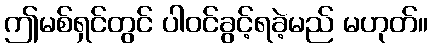
ဤမစ်ရှင်တွင် ပါဝင်ခွင့်ရခဲ့မည် မဟုတ်။